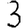
Digit: 3